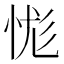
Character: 㤶